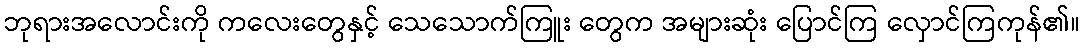
ဘုရားအလောင်းကို ကလေးတွေနှင့် သေသောက်ကြူး တွေက အများဆုံး ပြောင်ကြ လှောင်ကြကုန်၏။